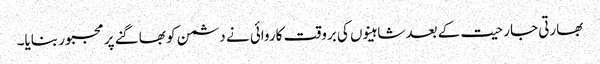
بھارتی جارحیت کے بعد شاہینوں کی بروقت کاروائی نے دشمن کو بھاگنے پر مجبور بنایا۔